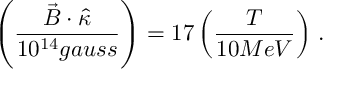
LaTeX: \left( \frac { \vec { B } \cdot \hat { \kappa } } { 1 0 ^ { 1 4 } g a u s s } \right) = 1 7 \left( \frac { T } { 1 0 M e V } \right) \, .